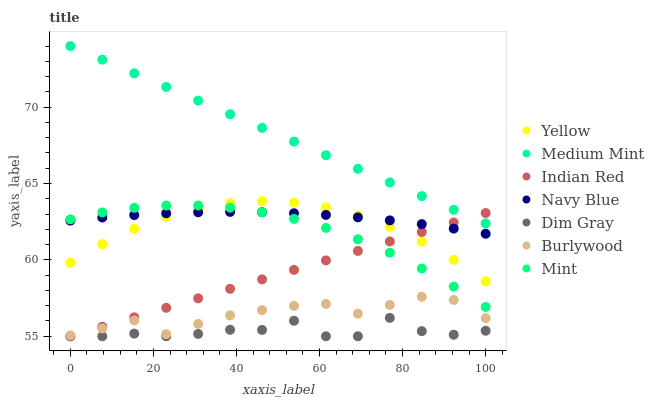
| xaxis_label | Yellow | Medium Mint | Indian Red | Navy Blue | Dim Gray | Burlywood | Mint |
 | --- | --- | --- | --- | --- | --- | --- | --- |
 | 0 | 59.8 | 74 | 55 | 62.6 | 55 | 55.1 | 62.7 |
 | 7.69 | 61 | 73.1 | 55.6 | 62.8 | 55 | 55.5 | 63.1 |
 | 15.4 | 62 | 72.2 | 56.2 | 62.9 | 55.2 | 56 | 63.4 |
 | 23.1 | 62.8 | 71.3 | 56.9 | 63 | 55 | 55.1 | 63.6 |
 | 30.8 | 63.4 | 70.4 | 57.5 | 63.1 | 55.2 | 55.8 | 63.6 |
 | 38.5 | 63.7 | 69.5 | 58.1 | 63.1 | 55.4 | 56.4 | 63.4 |
 | 46.2 | 63.8 | 68.6 | 58.7 | 63.1 | 55.4 | 56.7 | 63.1 |
 | 53.8 | 63.7 | 67.7 | 59.3 | 63.1 | 56 | 57 | 62.7 |
 | 61.5 | 63.4 | 66.9 | 60 | 62.9 | 55 | 57.1 | 62.1 |
 | 69.2 | 62.9 | 66 | 60.6 | 62.8 | 55 | 56.5 | 61.4 |
 | 76.9 | 62.2 | 65.1 | 61.2 | 62.6 | 56.2 | 57 | 60.5 |
 | 84.6 | 61.2 | 64.2 | 61.8 | 62.3 | 55.3 | 57.6 | 59.4 |
 | 92.3 | 60 | 63.3 | 62.4 | 62 | 55.1 | 57.4 | 58.2 |
 | 100 | 58.6 | 62.4 | 63.1 | 61.7 | 55.4 | 56.2 | 56.9 |